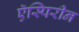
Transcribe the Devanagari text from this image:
ऍस्पिरीन